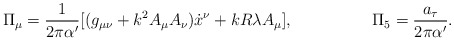
\begin{align*}\Pi_\mu = \frac{1}{2\pi \alpha^\prime}[(g_{\mu \nu} + k^2 A_\mu A_\nu) {\dot{x}}^\nu + kR\lambda A_\mu],\hspace{20mm} \Pi_5 = \frac{a_\tau}{2\pi {\alpha^\prime}} .\end{align*}